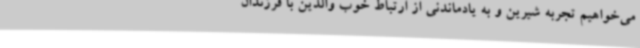
می‌خواهیم تجربه شیرین و به یادماندنی از ارتباط خوب والدین با فرزندان